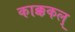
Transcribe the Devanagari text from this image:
काक्ककल्